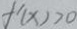
f ^ { \prime } ( x ) > 0